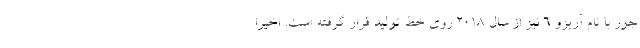
جور با نام آریزو 6 نیز از سال 2018 روی خط تولید قرار گرفته است. اخیرا